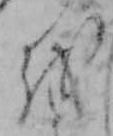
を